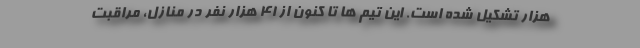
هزار تشکیل شده است. این تیم ها تا کنون از ۴۱ هزار نفر در منازل، مراقبت